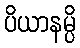
ပိယာနမ္ပိ